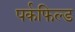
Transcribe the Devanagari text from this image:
पर्कफिल्ड